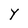
Character: Y